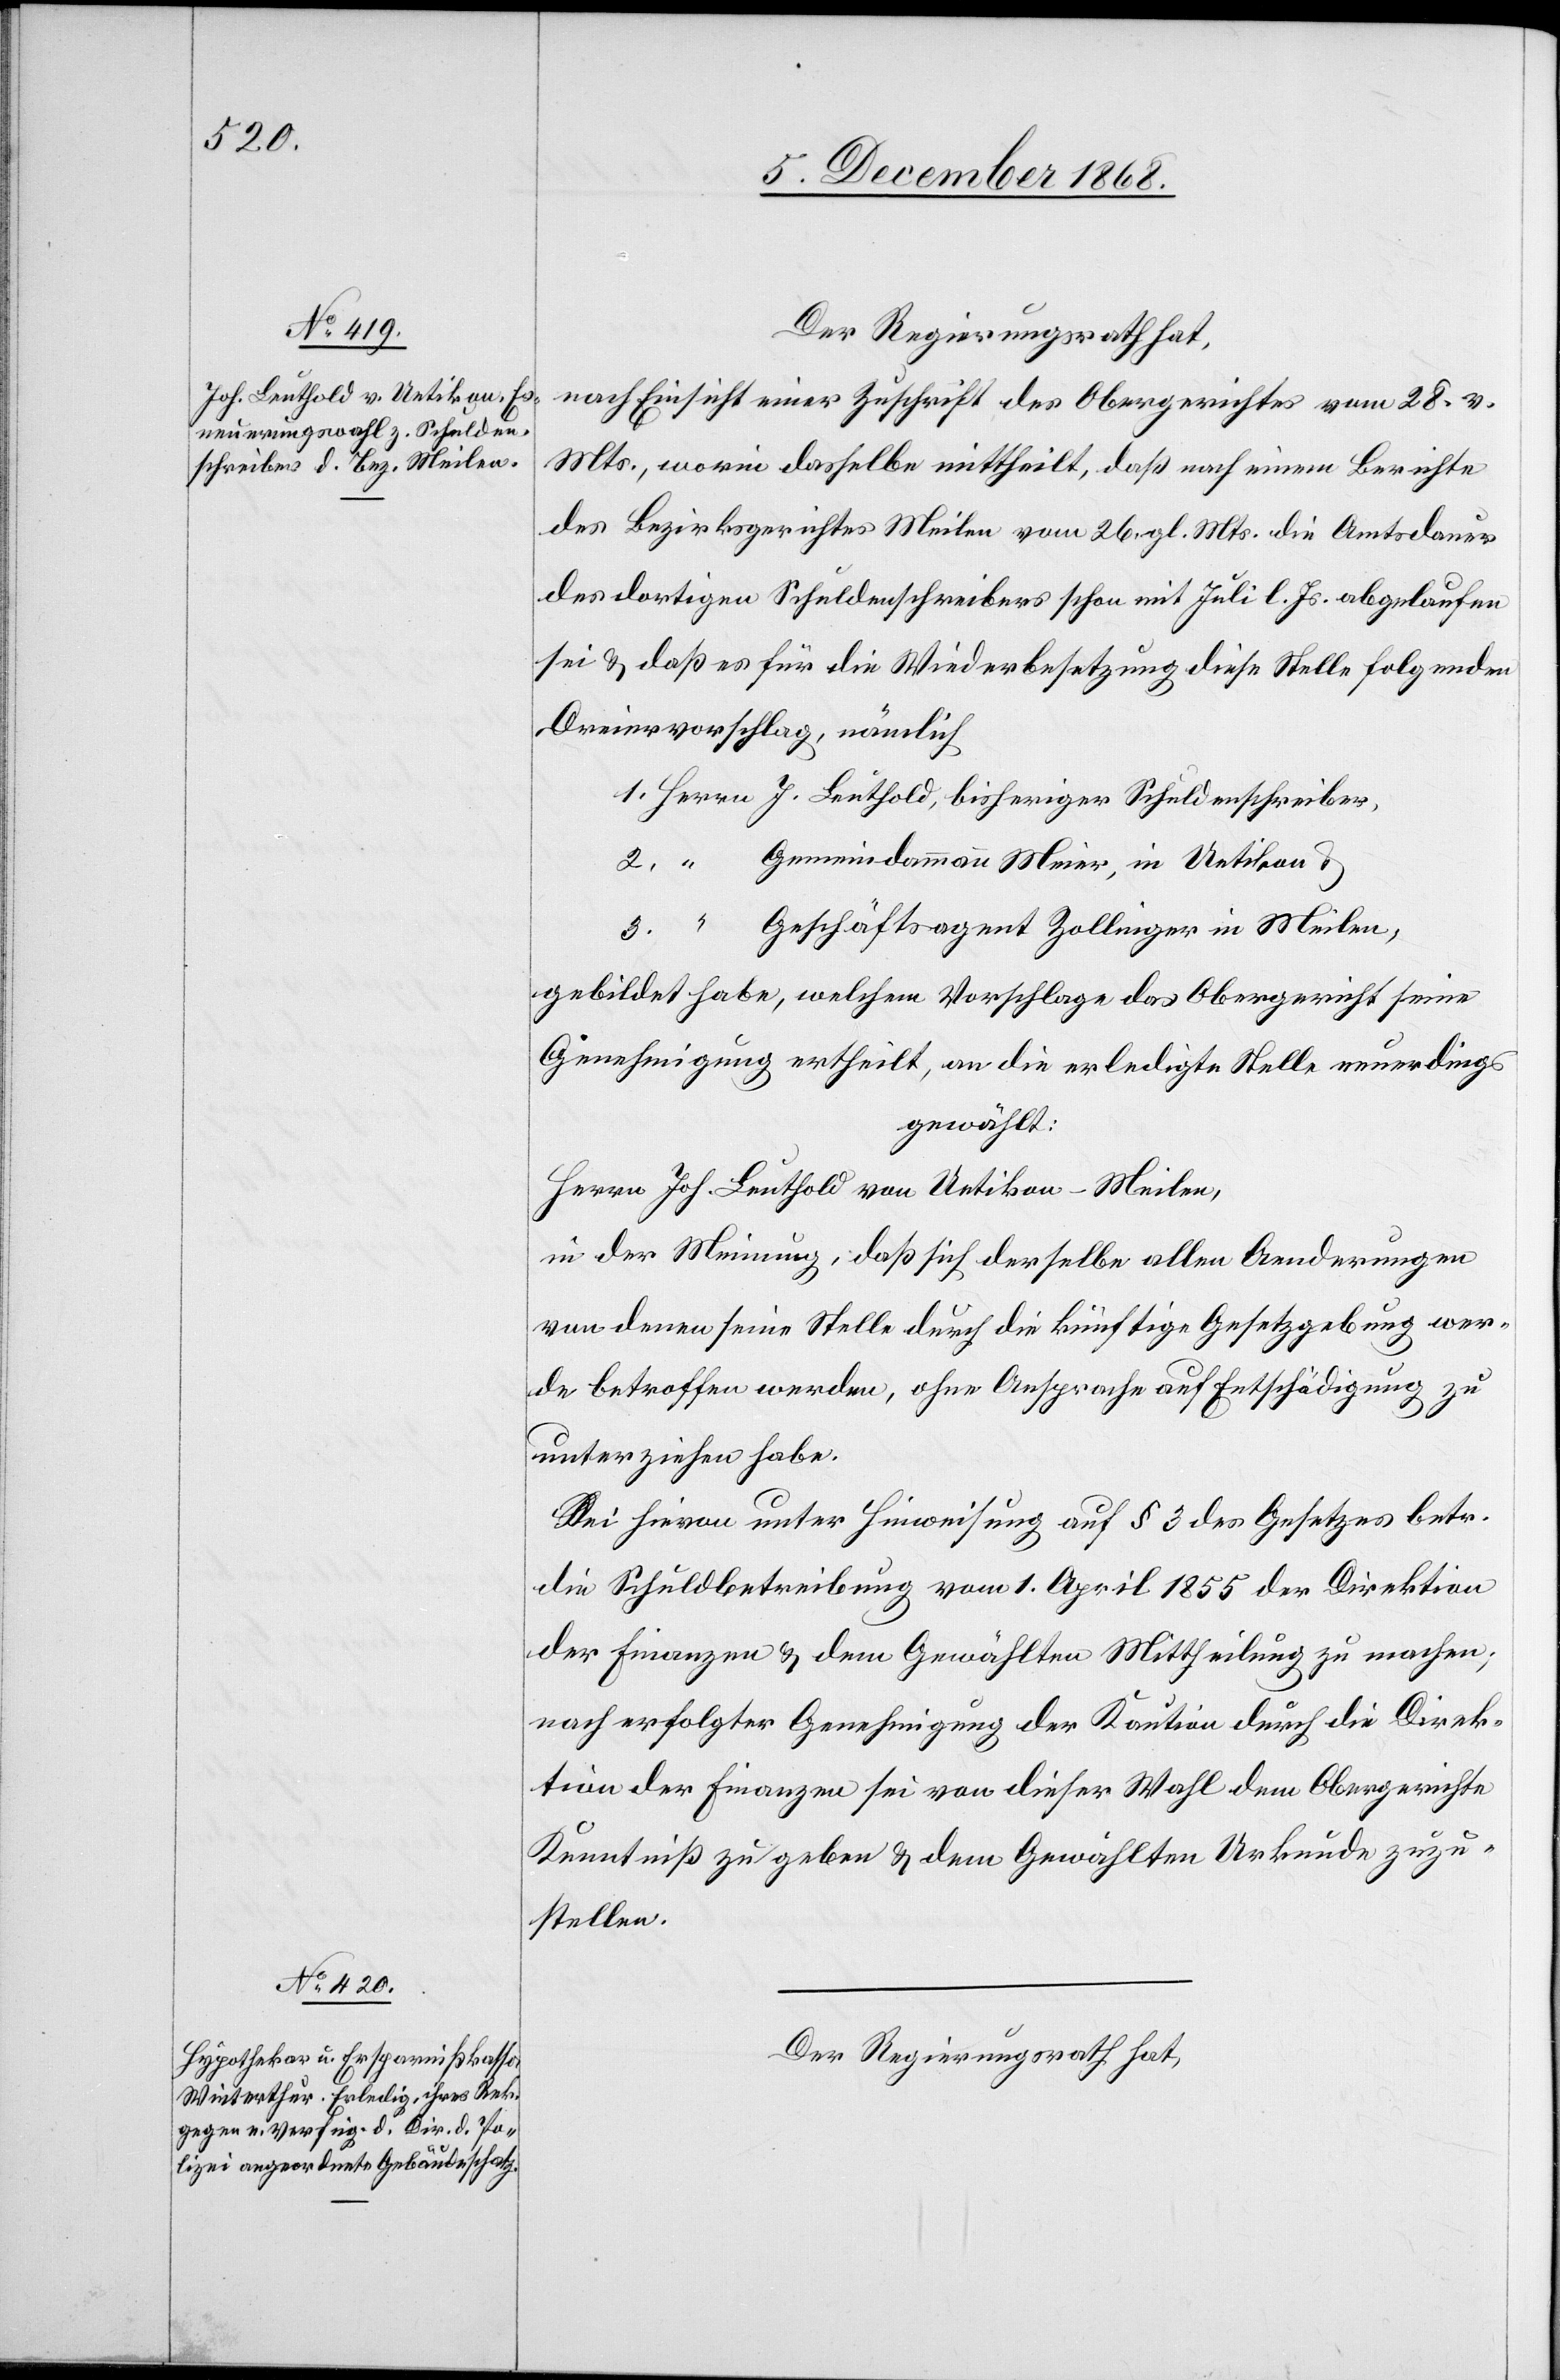
Der Regierungsrath hat,
nach Einsicht einer Zuschrift des Obergerichtes vom 28. v.
Mts., worin dasselbe mittheilt, daß nach einem Berichte
des Bezirksgerichtes Meilen vom 26. gl. Mts. die Amtsdauer
des dortigen Schuldenschreibers schon mit Juli l. Js. abgelaufen
sei & daß es für die Wiederbesetzung diese[r] Stelle folgenden
Dreiervorschlag, nämlich
Gemeindammann Meier, in Uetikon
Geschäftsagent Zollinger in Meilen,
gebildet habe, welchem Vorschlage das Obergericht seine
Genehmigung ertheilt, an die erledigte Stelle neuerdings
gewählt:
Herrn Joh. Leuthold von Uetikon - Meilen,
in der Meinung, daß sich derselbe allen Aenderungen
von denen seine Stelle durch die künftige Gesetzgebung wer¬
de betroffen werden, ohne Ansprache auf Entschädigung zu
3.
unterziehen habe.
Sei hievon unter Hinweisung auf § 3 des Gesetzes betr.
die Schuldbetreibung vom 1. April 1855 der Direktion
der Finanzen & dem Gewählten Mittheilung zu machen;
nach erfolgter Genehmigung der Kaution durch die Direk¬
tion der Finanzen sei von dieser Wahl dem Obergerichte
Kenntniß zu geben & dem Gewählten Urkunde zuzu¬
stellen.
Der Regierungsrath hat,